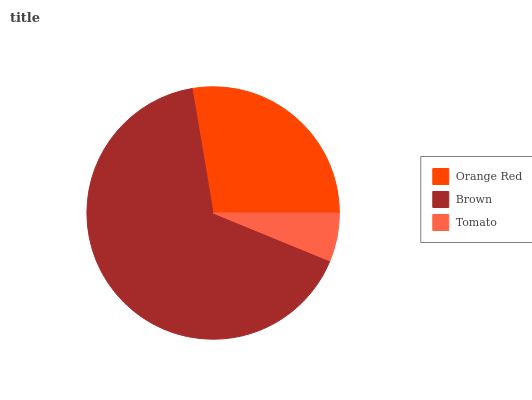
| Orange Red | Brown | Tomato |
 | --- | --- | --- |
 | 27.7% | 66.1% | 6.19% |